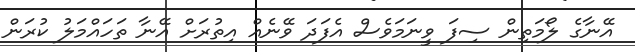
އޭނާގެ ލޯމަތިން ސިފަ ވީނަމަވެސް އެފަދަ ވޭނެއް އިތުރަށް އޭނާ ތަހައްމަލު ކުރަން